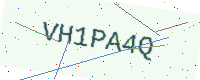
Text: VH1PA4Q